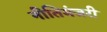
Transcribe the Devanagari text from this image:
नीतिमंजरी